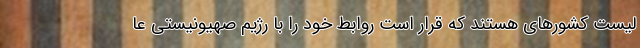
لیست کشورهای‌ هستند که قرار است روابط خود را با رژیم صهیونیستی عا